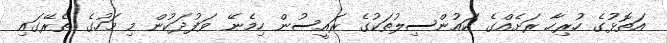
އަތޮޅުގެ ހުރިހާ ރަށެއްގެ ކައުންސިލުތަކުގެ ރައީސުން ހިމެނޭ ވަފުދަކުން މި މަހުގެ ތެރޭގައި